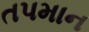
તપમાન